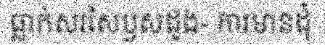
ធ្លាក់សរសៃឫសដូង- ការមានដុំ